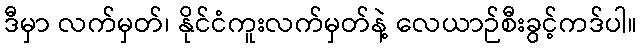
ဒီမှာ လက်မှတ်၊ နိုင်ငံကူးလက်မှတ်နဲ့ လေယာဉ်စီးခွင့်ကဒ်ပါ။